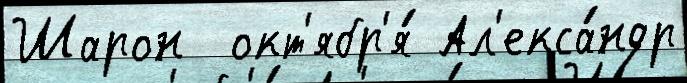
Шарон  окт'ябр'я́ Ал'екса́ндр